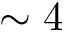
\sim 4